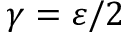
\gamma = \varepsilon / 2